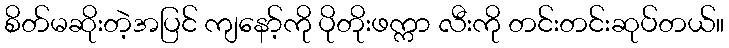
စိတ်မဆိုးတဲ့အပြင် ကျနော့်ကို ပိုတိုးဖက္ကာ လီးကို တင်းတင်းဆုပ်တယ်။